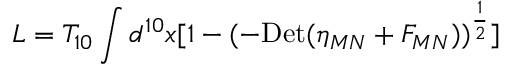
L = T _ { 1 0 } \int d ^ { 1 0 } x [ 1 - ( - \mathrm { D e t } ( \eta _ { M N } + F _ { M N } ) ) ^ { { \frac { 1 } { 2 } } } ]